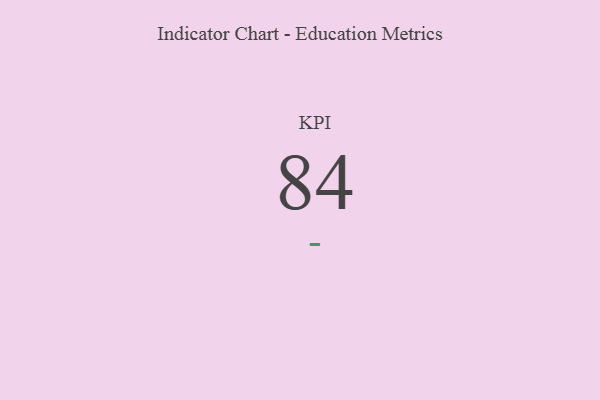
{"axis": {"x": "KPI", "y": "Value"}, "legend": [""], "data": [{"x": "KPI", "y": 84, "type": ""}]}